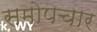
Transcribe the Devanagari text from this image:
समोपचार